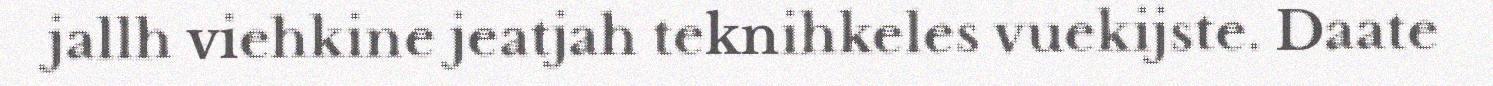
jallh viehkine jeatjah teknihkeles vuekijste. Daate